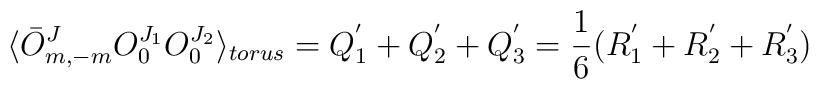
\langle\bar{O}^J_{m,-m}O^{J_1}_{0}O^{J_2}_{0}\rangle_{torus}=Q_1^{'}+Q_2^{'}+Q_3^{'}=\frac{1}{6}(R_1^{'}+R_2^{'}+R_3^{'})